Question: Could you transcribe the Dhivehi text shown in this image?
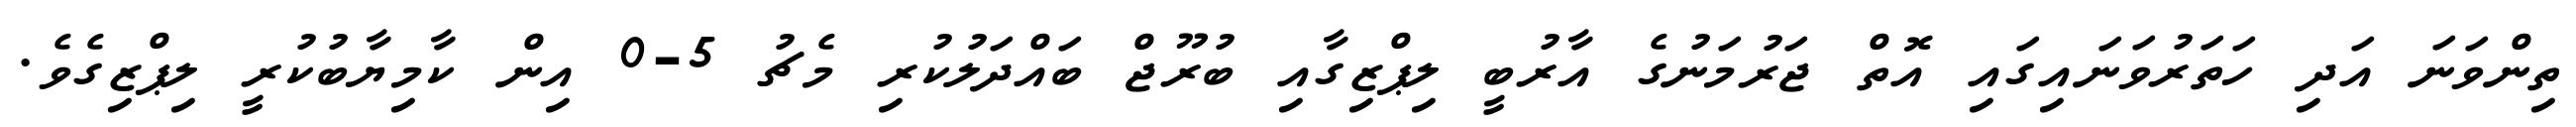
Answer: ތިންވަނަ އަދި ހަތަރުވަނައިގައި އޮތް ޖަރުމަނުގެ އާރުބީ ލިޕްޒިގާއި ބުރޫޖް ބައްދަލުކުރި މެޗު 5-0 އިން ކާމިޔާބުކުރީ ލިޕްޒިގެވެ.